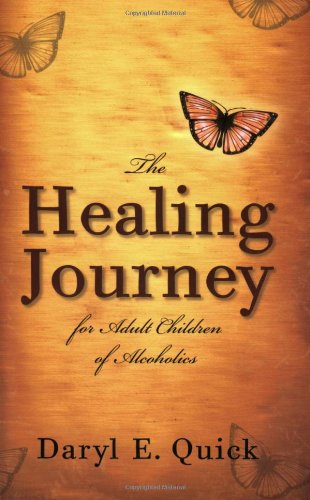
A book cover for The Healing Journey for Adult Children of Alcoholics; Daryl E. Quick; Health, Fitness & Dieting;